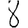
Digit: 8